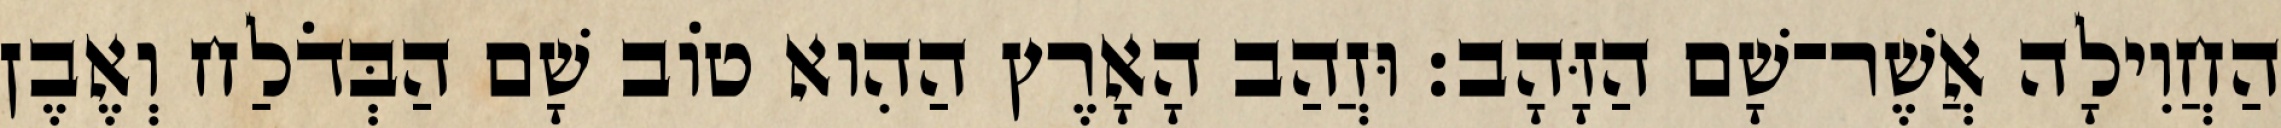
הַחֲוִילָה אֲשֶׁר־שָׁם הַזָּהָב׃ וּזֲהַב הָאָרֶץ הַהִוא טֹוב שָׁם הַבְּדֹלַח וְאֶבֶן